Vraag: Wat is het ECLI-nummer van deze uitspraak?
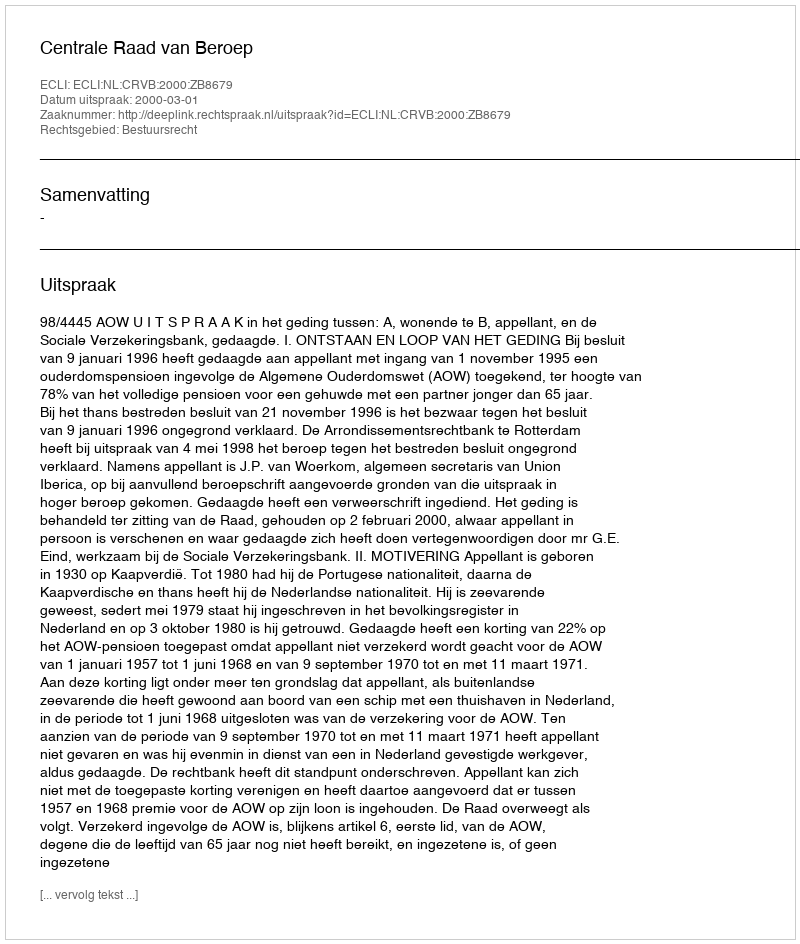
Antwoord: ECLI:NL:CRVB:2000:ZB8679